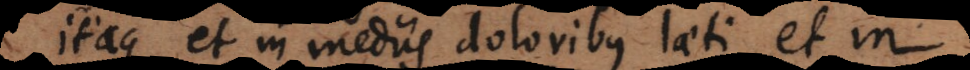
Itaque et in mediis doloribus laeti, et in